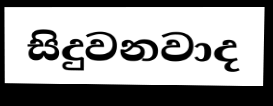
සිදුවනවාද